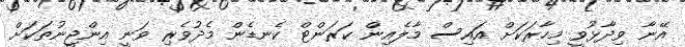
އޭނާ ވިދާޅުވީ މިހާރަކަށް އައިސް މާލެއިން ކަރަންޓް ކެނޑެން މެދުވެރި ވަނީ އިންޖީނުތަކަށް